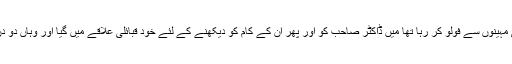
گزشتہ کئی مہینوں سے فولو کر رہا تھا میں ڈاکٹر صاحب کو اور پھر ان کے کام کو دیکھنے کے لئے خود قبائلی علاقے میں گیا اور وہاں دو دن گزارے ۔